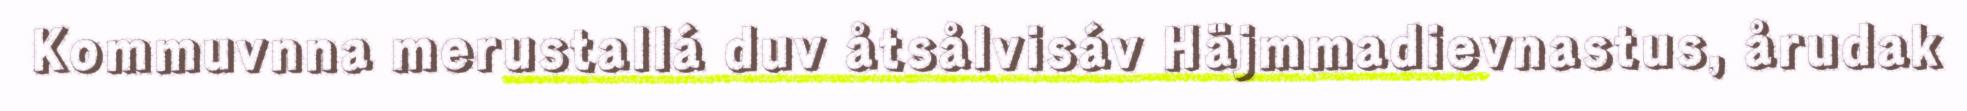
Kommuvnna merustallá duv åtsålvisáv Häjmmadievnastus, årudak